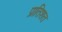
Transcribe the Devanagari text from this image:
प्रातिशत